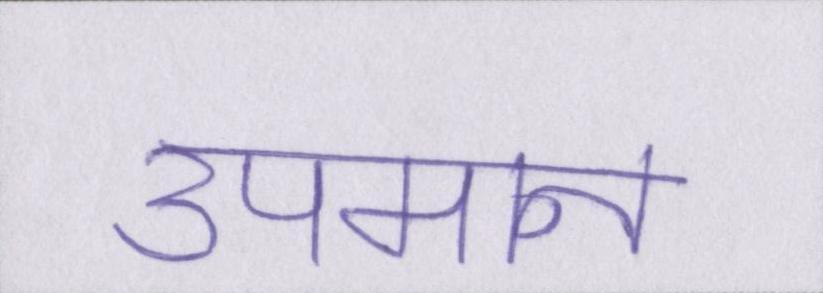
उपमान